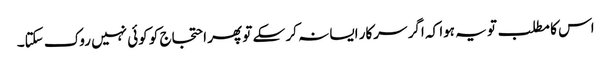
اس کا مطلب تو یہ ہوا کہ اگر سرکار ایسا نہ کر سکے تو پھر احتجاج کو کوئی نہیں روک سکتا۔